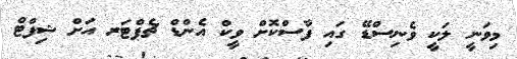
މިވަނީ ލަކީ ވެނިސްޑޭ ގައި ފާސްކޮށް ވީކް އެންޑް ޗެޕްޓަރ އަށް ޝިފްޓް